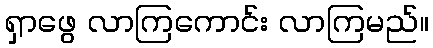
ရှာဖွေ လာကြကောင်း လာကြမည်။